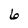
Character: 6